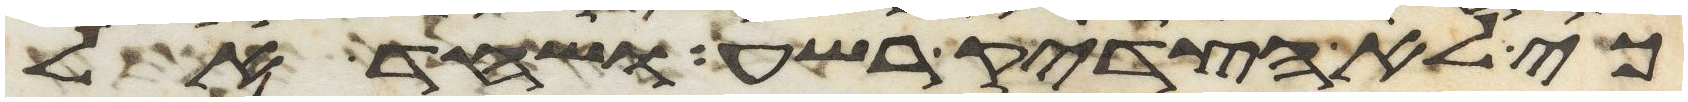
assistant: כי לא הצדיק רשע ושחד אל